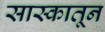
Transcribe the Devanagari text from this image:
सास्कातून